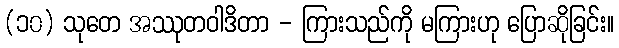
(၁၀) သုတေ အဿုတဝါဒိတာ - ကြားသည်ကို မကြားဟု ပြောဆိုခြင်း။